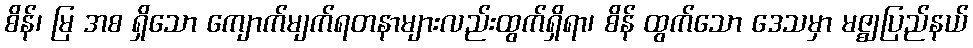
စိန်၊ မြ အစ ရှိသော ကျောက်မျက်ရတနာများလည်းထွက်ရှိရာ၊ စိန် ထွက်သော ဒေသမှာ မဇ္ဈပြည်နယ်